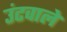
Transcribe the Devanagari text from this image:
उंटवाले